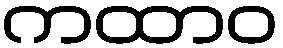
ကထာဝ